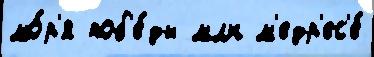
мо́р'я поб'е́ды млн м'едр'ес'е́